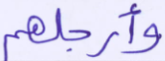
وأرجلهم